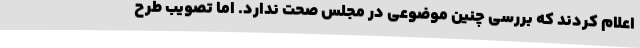
اعلام کردند که بررسی چنین موضوعی در مجلس صحت ندارد. اما تصویب طرح